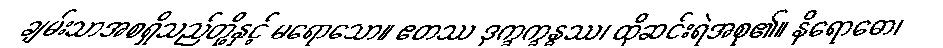
ချမ်းသာအစရှိသည်တို့နှင့် မရောသော။ ဧတဿ ဒုက္ခက္ခန္ဓဿ၊ ထိုဆင်းရဲအစု၏။ နိရောဓော၊